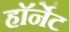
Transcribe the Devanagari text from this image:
हाॅर्नेट